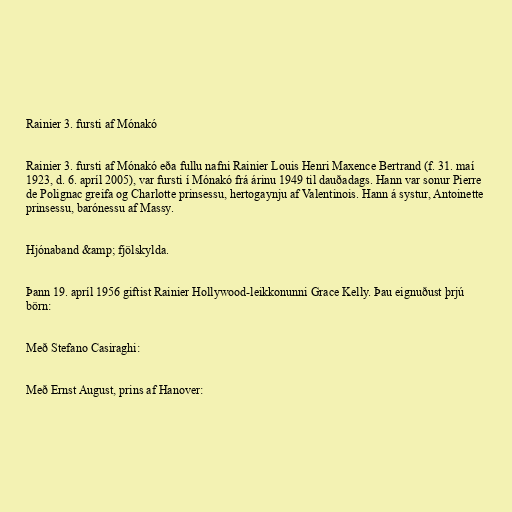
Rainier 3. fursti af Mónakó

Rainier 3. fursti af Mónakó eða fullu nafni Rainier Louis Henri Maxence Bertrand (f. 31. maí
1923, d. 6. apríl 2005), var fursti í Mónakó frá árinu 1949 til dauðadags. Hann var sonur Pierre
de Polignac greifa og Charlotte prinsessu, hertogaynju af Valentinois. Hann á systur, Antoinette
prinsessu, barónessu af Massy.

Hjónaband &amp; fjölskylda.

Þann 19. apríl 1956 giftist Rainier Hollywood-leikkonunni Grace Kelly. Þau eignuðust þrjú
börn:

Með Stefano Casiraghi:

Með Ernst August, prins af Hanover: